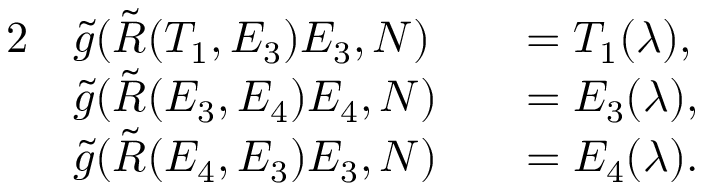
\begin{array} { r l r l } { { 2 } } & { \tilde { g } ( \tilde { R } ( T _ { 1 } , E _ { 3 } ) E _ { 3 } , N ) } & & { = T _ { 1 } ( \lambda ) , } \\ & { \tilde { g } ( \tilde { R } ( E _ { 3 } , E _ { 4 } ) E _ { 4 } , N ) } & & { = E _ { 3 } ( \lambda ) , } \\ & { \tilde { g } ( \tilde { R } ( E _ { 4 } , E _ { 3 } ) E _ { 3 } , N ) } & & { = E _ { 4 } ( \lambda ) . } \end{array}